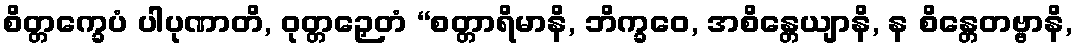
စိတ္တက္ခေပံ ပါပုဏာတိ, ဝုတ္တဉှေတံ “စတ္တာရိမာနိ, ဘိက္ခဝေ, အစိန္တေယျာနိ, န စိန္တေတဗ္ဗာနိ,